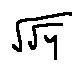
\sqrt { \sqrt { y } }